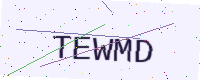
Text: TEWMD